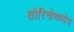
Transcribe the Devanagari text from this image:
तोरिनोमध्येच